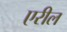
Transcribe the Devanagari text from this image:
एरील